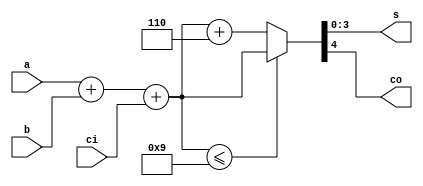
`timescale 1ns / 1ps
//////////////////////////////////////////////////////////////////////////////////
// Company: 
// Engineer: 
// 
// Design Name: 
// Module Name: decimal_adder
// Project Name: 
// Target Devices: 
// Tool Versions: 
// Description: 
// 
// Dependencies: 
// 
// Revision:
// Revision 0.01 - File Created
// Additional Comments:
// 
//////////////////////////////////////////////////////////////////////////////////


module decimal_adder(
    input [3:0] a,
    input [3:0] b,
    input ci,
    output reg [3:0] s,
    output reg co
    );
    
    always @*
    begin
    if(a + b + ci <= 5'd9)
        {co,s} = a+b+ci; 
    else
        {co,s} = a+b+ci+5'd6; 
    end
endmodule